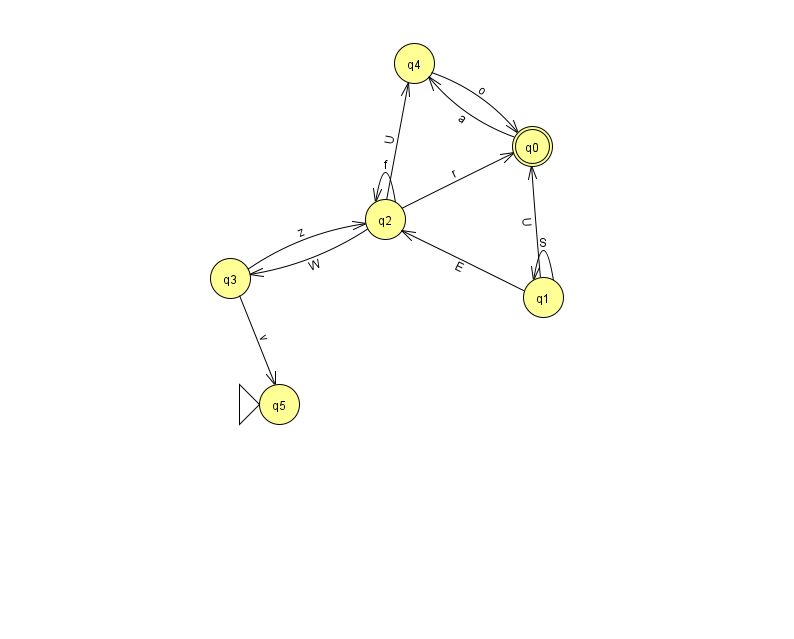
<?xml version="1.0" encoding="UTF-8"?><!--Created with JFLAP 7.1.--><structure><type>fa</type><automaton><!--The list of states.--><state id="0" name="q0"><x>532.0</x><y>133.0</y><final/></state><state id="1" name="q1"><x>543.0</x><y>284.0</y></state><state id="2" name="q2"><x>385.0</x><y>206.0</y></state><state id="3" name="q3"><x>230.0</x><y>265.0</y></state><state id="4" name="q4"><x>414.0</x><y>50.0</y></state><state id="5" name="q5"><x>279.0</x><y>391.0</y><initial/></state><!--The list of transitions.--><transition><from>1</from><to>1</to><read>S</read></transition><transition><from>0</from><to>4</to><read>a</read></transition><transition><from>3</from><to>5</to><read>v</read></transition><transition><from>2</from><to>2</to><read>f</read></transition><transition><from>1</from><to>0</to><read>U</read></transition><transition><from>3</from><to>2</to><read>z</read></transition><transition><from>2</from><to>0</to><read>r</read></transition><transition><from>2</from><to>3</to><read>W</read></transition><transition><from>4</from><to>0</to><read>o</read></transition><transition><from>2</from><to>4</to><read>U</read></transition><transition><from>1</from><to>2</to><read>E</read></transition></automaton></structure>